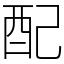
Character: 配